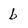
Character: b